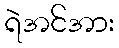
ရဲအင်အား